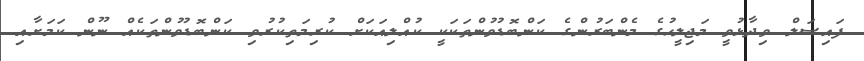
ފައިޞަލް ވިދާޅުވީ މަޖިލީހުގެ މެންބަރުންގެ ކަންބޮޑުވުންތަކަކީ ކުއްލިއަކަށް ކުރިމަތިކުރުވި ކަންބޮޑުވުންތަކެއް ނޫން ކަމަށާއި